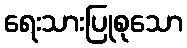
ရေးသားပြုစုသော